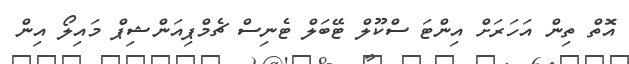
އޮތް ތިން އަހަރަށް އިންޓަ ސްކޫލް ޓޭބަލް ޓެނިސް ޗެމްޕިއަންޝިޕް މައިލޯ އިން